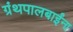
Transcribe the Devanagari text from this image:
ग्रंथपालबाईंना